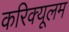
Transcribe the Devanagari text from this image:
करिक्यूलम